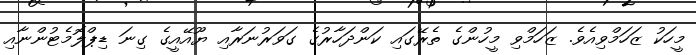
މީހަކު ޒަހަމްވިއެވެ. ޒަހަމްވި މީހުންގެ ތެރޭގައި ކަންދަހާރުގެ ގަވަރުނަރާއި ޔޫއޭއީގެ ގިނަ ޑިޕްލޮމެޓުންނާއި